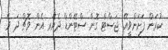
ކުރަން ފަށަންވީއޭ. ޖަސްޓް ގޮނާ ސްޓޭންޑް ދެއަރ އެން ވޮޗް ދަ ވޭ